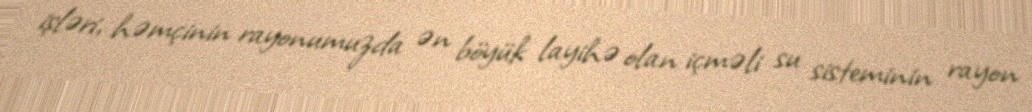
işləri, həmçinin rayonumuzda ən böyük layihə olan içməli su sisteminin rayon